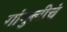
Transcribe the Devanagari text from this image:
गांगुलीचं